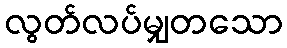
လွတ်လပ်မျှတသော